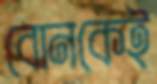
বোনকেই